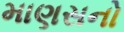
માણસનો